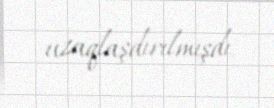
uzaqlaşdırılmışdı.